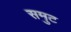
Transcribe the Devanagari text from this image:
समुट